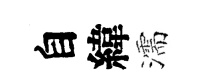
自緯濡